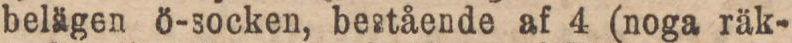
belägen ö-socken, bestående af 4 (noga räk-